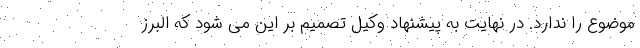
موضوع را ندارد. در نهایت به پیشنهاد وکیل تصمیم بر این می شود که البرز